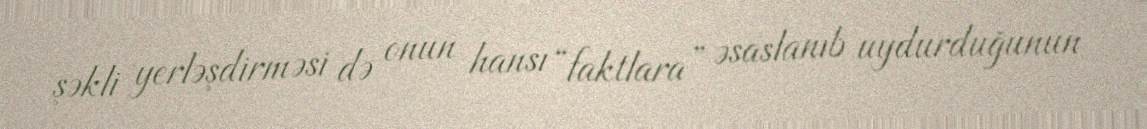
şəkli yerləşdirməsi də onun hansı “faktlara” əsaslanıb uydurduğunun